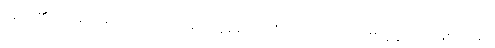
သူတို့၏ ပစ်မှတ်မှာ ကျောင်းထဲမှ အချမ်းသာဆုံး ကျောင်းသား၏ နေအိမ် ဖြစ်သည်။